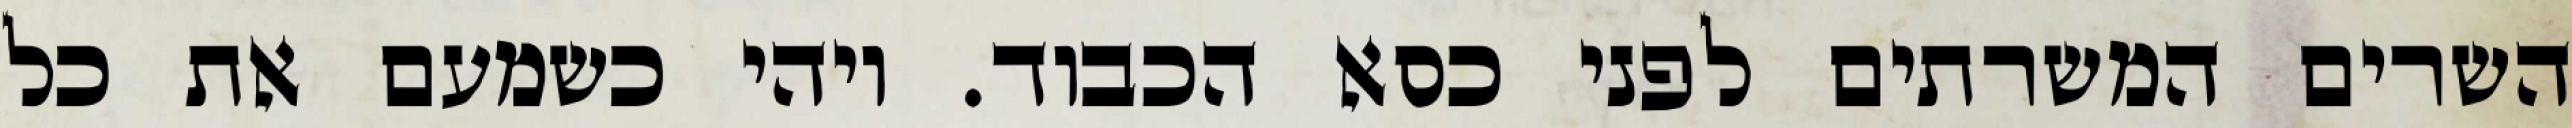
השרים המשרתים לפני כסא הכבוד. ויהי כשמעם את כל